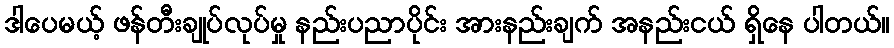
ဒါပေမယ့် ဖန်တီးချုပ်လုပ်မှု နည်းပညာပိုင်း အားနည်းချက် အနည်းငယ် ရှိနေ ပါတယ်။